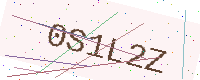
Text: 0S1L2Z